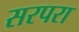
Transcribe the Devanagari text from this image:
सरपरा